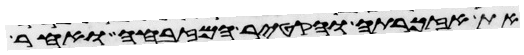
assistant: את אזכרתה והקטיר המזבחה ואחר